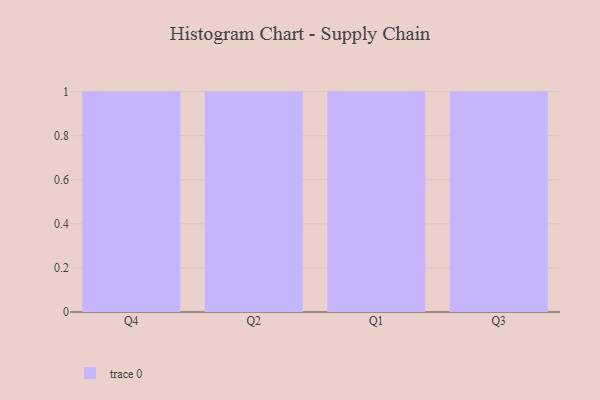
{"axis": {"x": "Quarter", "y": "Tickets Resolved"}, "legend": [""], "data": [{"x": "Q4", "y": 9, "type": ""}, {"x": "Q2", "y": 27, "type": ""}, {"x": "Q1", "y": 78, "type": ""}, {"x": "Q3", "y": 81, "type": ""}]}